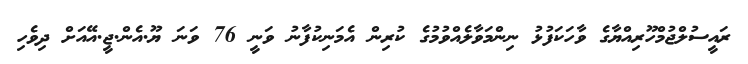
ރައީސުލްޖުމްހޫރިއްޔާގެ ވާހަކަފުޅު ނިންމަވާލެއްވުމުގެ ކުރިން އެމަނިކުފާނު ވަނީ 76 ވަނަ ޔޫ.އެން.ޖީ.އޭއަށް ދިވެހި